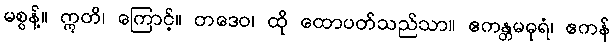
မစွန့်။ ဣတိ၊ ကြောင့်။ တဒေဝ၊ ထို ထောပတ်သည်သာ။ ဧကန္တမဓုရံ၊ ဧကန်